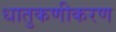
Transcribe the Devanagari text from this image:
धातुकणीकरण